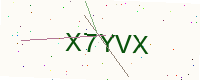
Text: X7YVX